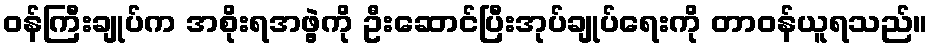
ဝန်ကြီးချုပ်က အစိုးရအဖွဲ့ကို ဦးဆောင်ပြီးအုပ်ချုပ်ရေးကို တာဝန်ယူရသည်။